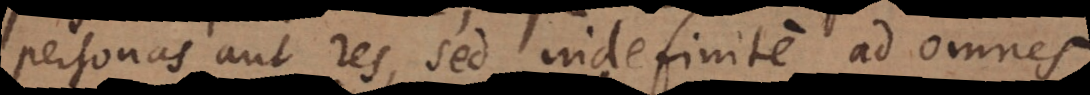
personas aut res, sed indefinite ad omnes